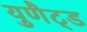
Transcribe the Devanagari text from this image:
युणैट्ड